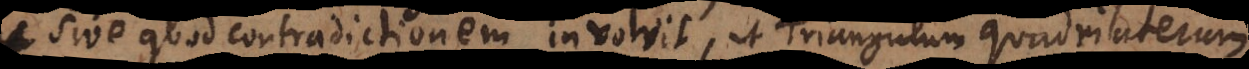
sive quod implicat contradictionem involvit, ut Triangulum quadrilaterum.